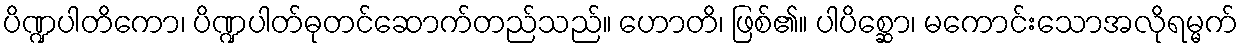
ပိဏ္ဍပါတိကော၊ ပိဏ္ဍပါတ်ဓုတင်ဆောက်တည်သည်။ ဟောတိ၊ ဖြစ်၏။ ပါပိစ္ဆော၊ မကောင်းသောအလိုရမ္မက်